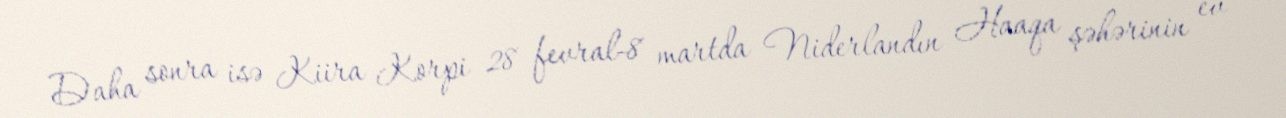
Daha sonra isə Kiira Korpi 28 fevral-8 martda Niderlandın Haaqa şəhərinin ev